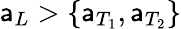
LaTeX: \mathsf{a}_{L}>\{ \mathsf{a}_{T_{1}},\mathsf{a}_{T_{2}}\}